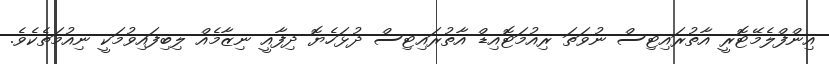
އިންފްލެމޭޓޮރީ އާތުރައިޓިސް ނުވަތަ ރިއުމަޓޮއިޑް އާތުރައިޓިސް ދުޅަހެޔޮ ދިފާއީ ނިޒާމެއް ލިބިފައިވުމަކީ ނިއުމަތެކެވެ.